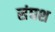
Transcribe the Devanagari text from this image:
संघश